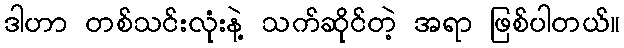
ဒါဟာ တစ်သင်းလုံးနဲ့ သက်ဆိုင်တဲ့ အရာ ဖြစ်ပါတယ်။